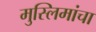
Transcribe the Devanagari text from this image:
मुस्लिमांचा